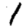
Digit: 1